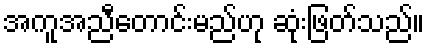
အကူအညီတောင်းမည်ဟု ဆုံးဖြတ်သည်။